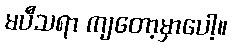
မပီသရာ ကျတော့မှာပေါ့။